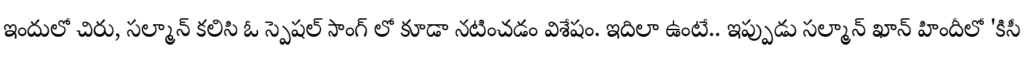
ఇందులో చిరు, సల్మాన్ కలిసి ఓ స్పెషల్ సాంగ్ లో కూడా నటించడం విశేషం. ఇదిలా ఉంటే.. ఇప్పుడు సల్మాన్ ఖాన్ హిందీలో 'కిసీ